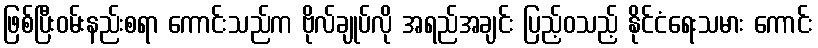
ဖြစ်ပြီးဝမ်းနည်းစရာ ကောင်းသည်က ဗိုလ်ချုပ်လို အရည်အချင်း ပြည့်ဝသည့် နိုင်ငံရေးသမား ကောင်း